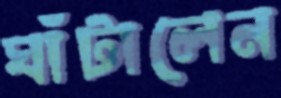
ঘাঁটালেন